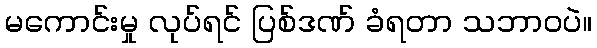
မကောင်းမှု လုပ်ရင် ပြစ်ဒဏ် ခံရတာ သဘာဝပဲ။